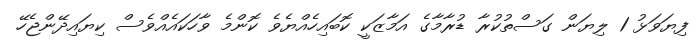
ފިޔަވަޅު 1 ލިޔަން ގަސްތުކުރާ ޑުރާމާގެ އަމާޒަކީ ކޮބައިހެއްޔެވެ ކޮންމެ ވާހަކައެއްވެސް ކިޔައިދޭންޖެހޭ